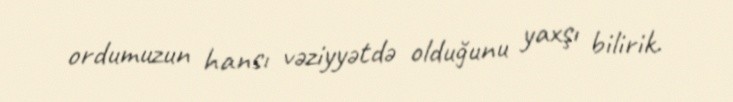
ordumuzun hansı vəziyyətdə olduğunu yaxşı bilirik.